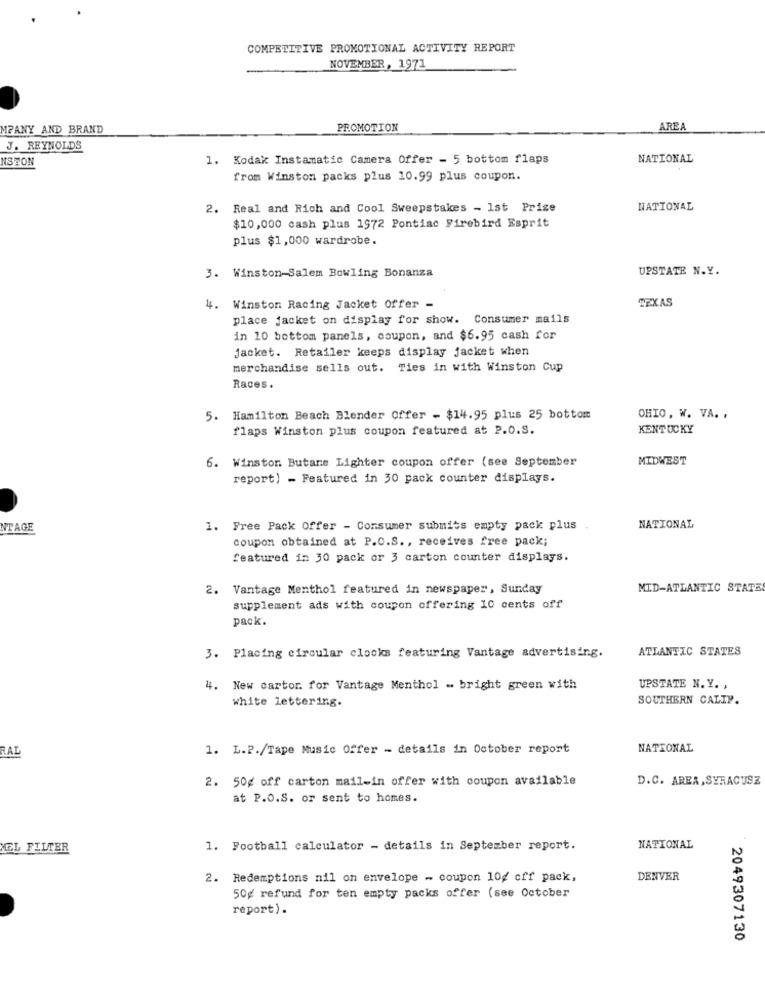
COMPETITIVE PROMOTIONAL ACTIVITY REPORT
NOVEMBER, 1971
MPANY AND BRAND
PROMOTION
AREA
J. REYNOLDS
NSTON
1. Kodak Instamatic Camera Offer - 5 bottom flaps
NATIONAL
from Winston packs plus 10.99 plus coupon.
2. Real and Rich and Cool Sweepstakes - 1st Prize
NATIONAL
$10,000 cash plus 1972 Pontiac Firebird Esprit
plus $1,000 wardrobe.
UPSTATE N.Y.
3. Winston-Salem Bowling Bonanza
TEXAS
4. Winston Racing Jacket Offer -
place jacket on display for show. Consumer mails
in 10 bottom panels, coupon, and $6.95 cash for
Jacket. Retailer keeps display jacket when
merchandise sells out. Ties in with Winston Cup
Races.
5. Hamilton Beach Blender Offer - $14.95 plus 25 bottom
OHIO, W. VA. .
flaps Winston plus coupon featured at P.O.S.
KENTUCKY
6. Winston Butane Lighter coupon offer (see September
MIDWEST
report) - Featured in 30 pack counter displays.
NTAGE
1. Free Pack Offer - Consumer submits empty pack plus
NATIONAL
coupon obtained at P.O.S ., receives free pack;
featured in 30 pack or 3 carton counter displays.
2. Vantage Menthol featured in newspaper, Sunday
MID-ATLANTIC STATE
supplement ads with coupon offering 10 cents off
pack.
ATLANTIC STATES
3. Placing circular clocks featuring Vantage advertising.
4.
New cartor. for Vantage Menthol - bright green with
UPSTATE N. Y. ,
white lettering.
SOUTHERN CALIP.
RAL
1. L.P./Tape Music Offer - details in October report
NATIONAL
2. 50g off carton mail-in offer with coupon available
D.C. AREA, SYRACUSE
at P.O.S. or sent to homes.
MEL FILTER
1. Football calculator - details in September report.
NATIONAL
2. Redemptions nil on envelope - coupon 10g cff pack,
DENVER
50g refund for ten empty packs offer (see October
report) .
2049307130